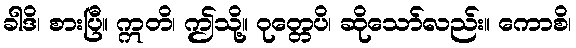
ခါဒိ၊ စားပြီ။ ဣတိ၊ ဤသို့။ ဝုတ္တေပိ၊ ဆိုသော်လည်း။ ကောစိ၊